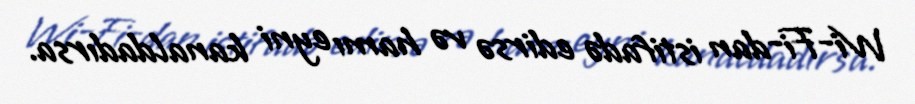
Wi-Fi-dan istifadə edirsə və hamı eyni kanaldadırsa.